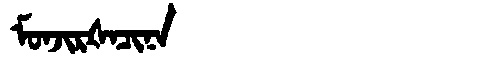
Manchu: ᠮᠣᠨᠵᡳᡵᡧᠠᠴᡳᠨᠠ
Romanization: MONJIRŠACINA